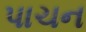
પાચન